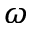
\omega